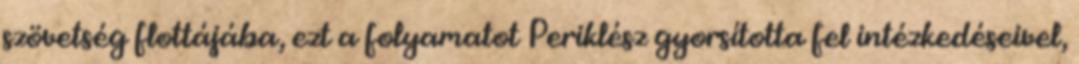
szövetség flottájába, ezt a folyamatot Periklész gyorsította fel intézkedéseivel,